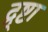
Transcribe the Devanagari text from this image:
द्र्ष्टा